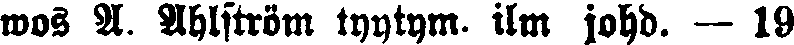
wos A. Ahlström tyytym. ilm johd. — 19